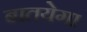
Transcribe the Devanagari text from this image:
बातयेगा